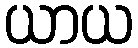
ယာယ